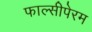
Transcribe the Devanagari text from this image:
फाल्सीपेरम